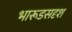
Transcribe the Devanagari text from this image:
भारूडसदृश